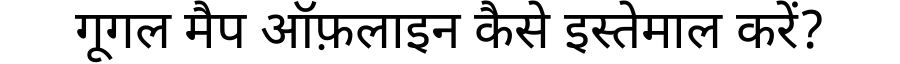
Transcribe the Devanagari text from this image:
गूगल मैप ऑफ़लाइन कैसे इस्तेमाल करें?